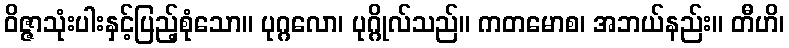
ဝိဇ္ဇာသုံးပါးနှင့်ပြည့်စုံသော။ ပုဂ္ဂလော၊ ပုဂ္ဂိုလ်သည်။ ကတမောစ၊ အဘယ်နည်း။ တီဟိ၊